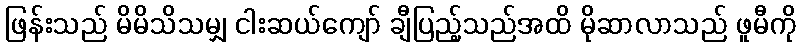
ဖြန်းသည် မိမိသိသမျှ ငါးဆယ်ကျော် ချီပြည့်သည်အထိ မိုဆာလာသည် ဖူမီကို